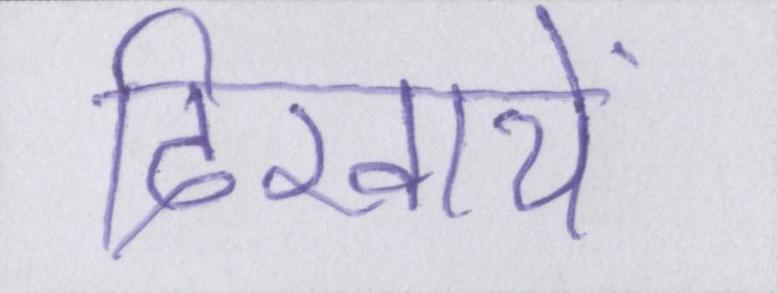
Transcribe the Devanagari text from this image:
दिखायें